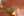
ليدك